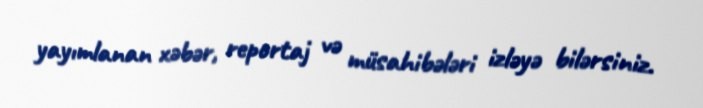
yayımlanan xəbər, reportaj və müsahibələri izləyə bilərsiniz.